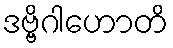
ဒဗ္ဗိဂါဟောတိ